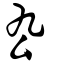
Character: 𠘯